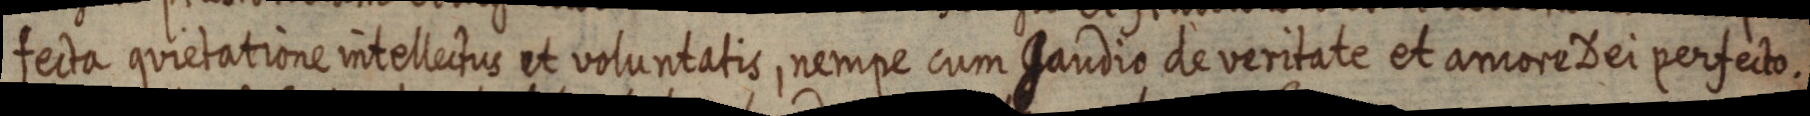
fecta quietatione intellectus et voluntatis, nempe cum Gaudio de veritate et amore Dei perfecto.